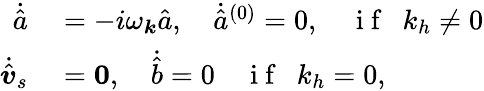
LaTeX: \begin{array}{rl}{\dot{\hat{a}}}&{{}=-i\omega_{\boldsymbol{k}}\hat{a},~~~~\dot{\hat{a}}^{(0)}=0,~~~~\mathrm{~i~f~}~~k_{h}\neq 0}\\ {\dot{\hat{\boldsymbol{v}}}_{s}}&{{}=\mathbf{0},~~~~\dot{\hat{b}}=0~~~~\mathrm{~i~f~}~~k_{h}=0,}\end{array}